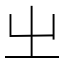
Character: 㞢